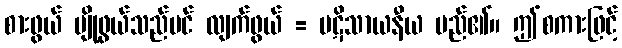
စားဖွယ် မျိုဖွယ်သည်ပင် လျက်ဖွယ် = ပဋိသာယနီယ မည်၏။ ဤစကားဖြင့်